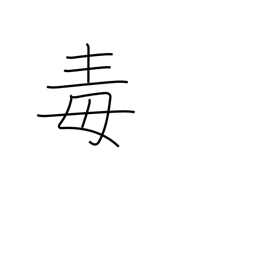
Meaning: spite